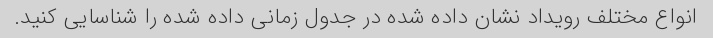
انواع مختلف رویداد نشان داده شده در جدول زمانی داده شده را شناسایی کنید.